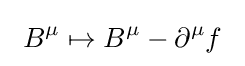
\ B^{\mu }\mapsto B^{\mu }-\partial ^{\mu }f\